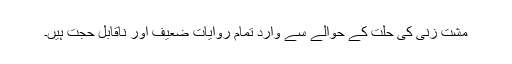
مشت زنی کی حلت کے حوالے سے وارد تمام روایات ضعیف اور ناقابل حجت ہیں۔